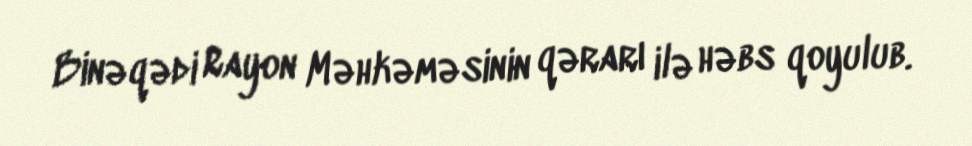
Binəqədi Rayon Məhkəməsinin qərarı ilə həbs qoyulub.